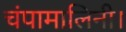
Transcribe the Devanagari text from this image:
चंपामालिनी।